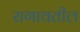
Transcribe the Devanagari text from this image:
रागावतील